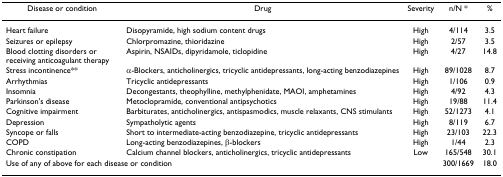
| Disease or condition | Drug | Severity | n/N * | % |
 | --- | --- | --- | --- | --- |
 | Heart failure | Disopyramide, high sodium content drugs | High | 4/114 | 3.5 |
 | Seizures or epilepsy | Chlorpromazine, thioridazine | High | 2/57 | 3.5 |
 | Blood clotting disorders or receiving anticoagulant therapy | Aspirin, NSAIDs, dipyridamole, ticlopidine | High | 4/27 | 14.8 |
 | Stress incontinence** | α-Blockers, anticholinergics, tricyclic antidepressants, long-acting benzodiazepines | High | 89/1028 | 8.7 |
 | Arrhythmias | Tricyclic antidepressants | High | 1/106 | 0.9 |
 | Insomnia | Decongestants, theophylline, methylphenidate, MAOI, amphetamines | High | 4/92 | 4.3 |
 | Parkinson's disease | Metoclopramide, conventional antipsychotics | High | 19/88 | 11.4 |
 | Cognitive impairment | Barbiturates, anticholinergics, antispasmodics, muscle relaxants, CNS stimulants | High | 52/1273 | 4.1 |
 | Depression | Sympatholytic agents | High | 8/119 | 6.7 |
 | Syncope or falls | Short to intermediate-acting benzodiazepine, tricyclic antidepressants | High | 23/103 | 22.3 |
 | COPD | Long-acting benzodiazepines, β-blockers | High | 1/44 | 2.3 |
 | Chronic constipation | Calcium channel blockers, anticholinergics, tricyclic antidepressants | Low | 165/548 | 30.1 |
 | <COLSPAN=3> Use of any of above for each disease or condition | 300/1669 | 18.0 |